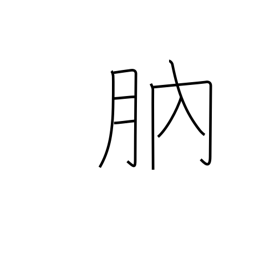
Meaning: new moon